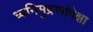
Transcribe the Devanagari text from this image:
ध्वनिमुद्रणांपेक्षा